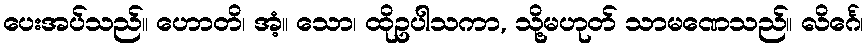
ပေးအပ်သည်။ ဟောတိ၊ အံ့။ သော၊ ထိုဥပါသကာ, သို့မဟုတ် သာမဏေသည်။ လိင်္ဂေ၊